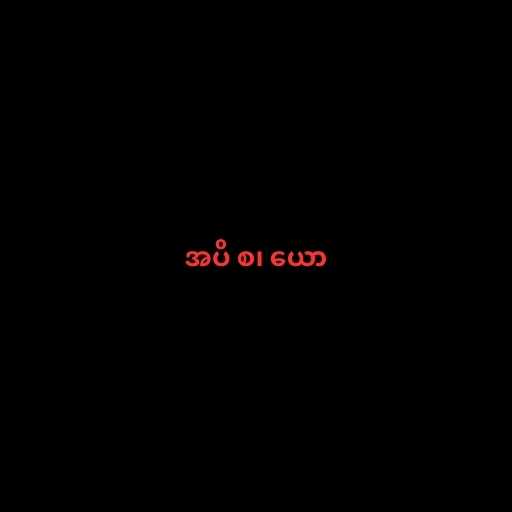
အပိ စ၊ ယော